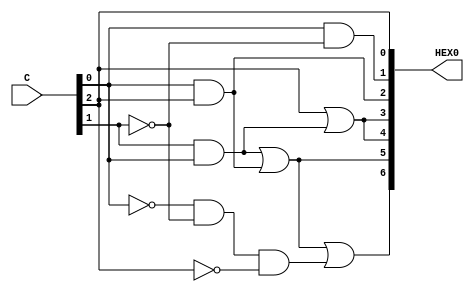
// This program was cloned from: https://github.com/matthewdelorenzo/CreativEval
// License: BSD 3-Clause "New" or "Revised" License

module top (C, HEX0);
	input [2:0] C;
	output [6:0] HEX0;
	wire [2:0] SW;
	assign SW = C[2:0];
	assign HEX0[0] = C[2];
	assign HEX0[1] = C[0] & ~C[1];
	assign HEX0[2] = C[0] & C[2];
	assign HEX0[3] = C[2] | (C[1] & C[0]);
	assign HEX0[4] = C[2] | (C[1] & C[0]);
	assign HEX0[5] = (C[0] & C[1]) |  (C[0] & C[2]);
	assign HEX0[6] = (C[0] & C[1]) | (C[0] & C[2]) | (~C[0] & ~C[1] & ~C[2]);
endmodule